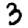
Digit: 3